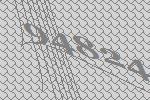
94824